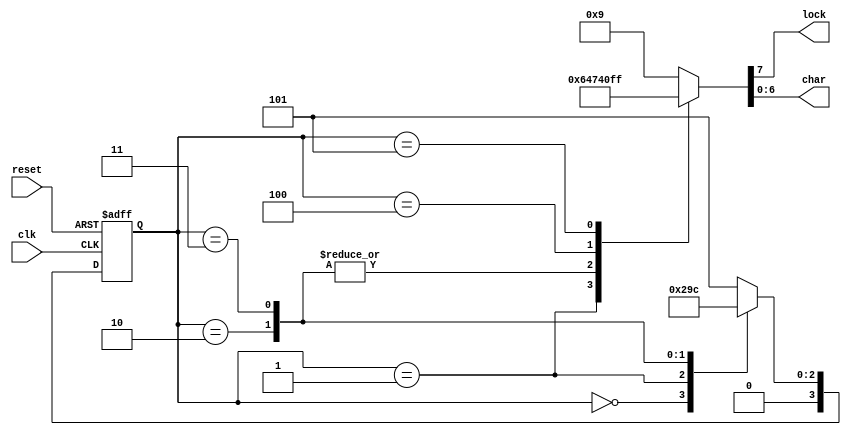
module loaderFSM(lock, char, clk, reset);	// This FSM has no input
	output reg lock;
	output reg [6:0] char;
	reg [3:0] state;
	input clk, reset;
	
	parameter [3:0] H = 4'd0, E = 4'd1, L0 = 4'd2, L1 = 4'd3, O = 4'd4, STOP = 4'd5;
	
	// Sequential cloud.
	always @(posedge clk or negedge reset) begin
		if(~reset)
			state <= H;
		else
			case(state)
				H : state <= E;
				E : state <= L0;
				L0: state <= L1;
				L1: state <= O;
				O : state <= STOP;
				STOP: state <= STOP;
				default: state <= STOP;
			endcase
	end
	
	// Combinational Cloud: Output.
	always @(state) begin
		case(state)
			H : {lock, char} <= 8'b00001001;
			E : {lock, char} <= 8'b00000110;
			L0: {lock, char} <= 8'b01000111;
			L1: {lock, char} <= 8'b01000111;
			O : {lock, char} <= 8'b01000000;
			STOP: {lock, char} <= 8'hFF;
			
			default: {lock, char} <= 8'b00001001;
		endcase
	end
endmodule

module tickerShift(out4, out3, out2, out1, out0, in, lock, clk, reset);
	output reg [6:0] out4, out3, out2, out1, out0;
	input  [6:0] in;
	input  lock, clk, reset;
	
	always @(posedge clk or negedge reset) begin
		if(~reset) 
			{out4, out3, out2, out1, out0} = 35'h7FFFFFFFF;
		else begin
			out4 <= out3;
			out3 <= out2;
			out2 <= out1;
			out1 <= out0;
			out0 <= (lock) ? out4: in;
		end
	end
endmodule

module main(HEX3, HEX2, HEX1, HEX0, LEDG, LEDR, KEY);
	output [6:0] HEX3, HEX2, HEX1, HEX0;
	output [0:0] LEDR;
	output [6:0] LEDG;
	input  [3:2] KEY;
	
	wire clk, lock;
	wire [6:0] load;
	
	assign LEDR[0] = lock;
	
	loaderFSM   FSM0(lock, load, ~KEY[2], KEY[3]);
	tickerShift TSR0(HEX3, HEX2, HEX1, HEX0, LEDG, load, lock, ~KEY[2], KEY[3]);
endmodule